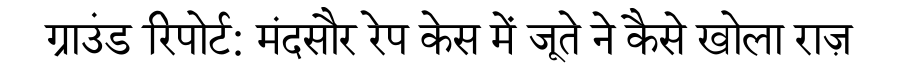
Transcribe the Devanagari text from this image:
ग्राउंड रिपोर्ट: मंदसौर रेप केस में जूते ने कैसे खोला राज़